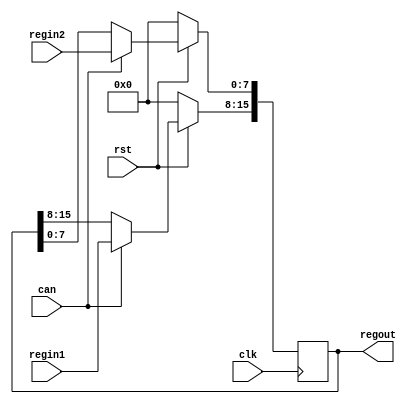
////////////////////////////////////////////////////////////////////////////////////////////////////
//
// Interessengruppe fuer Mikroelektronik und Eingebettete Systeme (IMES)
// Fachhochschule Dortmund
//
// Tool         : Mentor Graphics HDL Designer(TM) 2015.1b (Build 4)
// Description  : 
// Commentary   :  
//
// Changelog:
// -------------------------------------------------------------------------------------------------
// Version | Author             | Date       | Changes
// -------------------------------------------------------------------------------------------------
// 0.9     | Leduc              | 15.05.2019 | created
// -------------------------------------------------------------------------------------------------
//
////////////////////////////////////////////////////////////////////////////////////////////////////

//`resetall
//`timescale 1ns/10ps
//`default_nettype none

module recregister2 (
  input wire clk,
  input wire rst,           // reset
  input wire can,           // CPU wuenscht Zugriff
  input wire [7:0]  regin1, // MAC, rshift
  input wire [7:0]  regin2, // MAC, rshift
  output reg [15:0] regout  // generalregister
);

always @(posedge clk)
begin
  if (rst == 1'b0) begin        // synchroner Reset
    regout <= 16'd0;
    end
  else if (can == 1'b1) begin   // wird nur von MAC beschrieben
    regout[15:8] <= regin1[7:0];
    regout[7:0]  <= regin2[7:0]; // kein CPU-Zugriff
    end
end

endmodule